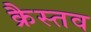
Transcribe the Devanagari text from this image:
क्रैस्तव